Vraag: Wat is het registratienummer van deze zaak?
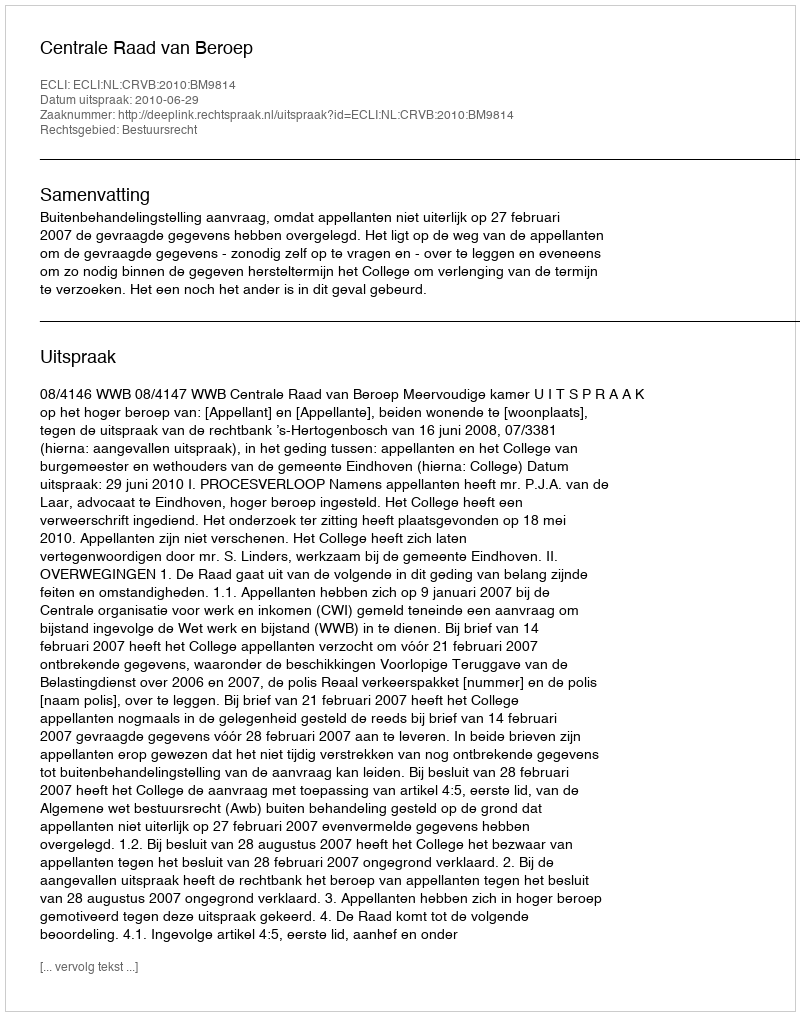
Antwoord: http://deeplink.rechtspraak.nl/uitspraak?id=ECLI:NL:CRVB:2010:BM9814